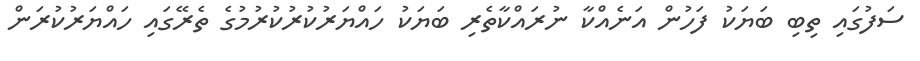
ސަފުގައި ތިބި ބަޔަކު ފަހުން އަނެއްކާ ނުރައްކާތެރި ބަޔަކު ހައްޔަރުކުރުކުރުމުގެ ތެރޭގައި ހައްޔަރުކުރަން